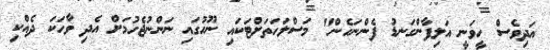
އަދިވެސް ހީވަނީ އަލިފާންގަނޑު ފެންނަހެން" މަސްލަހަތަށްޓަކައި ނޫހުގައި ނަންނުޖެހުމަށް އެދި ވާހަކަ ދެއްކި